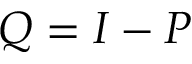
Q = I - P